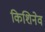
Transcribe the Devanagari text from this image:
किशिनेव